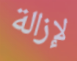
لإزالة